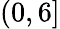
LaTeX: (0,6]